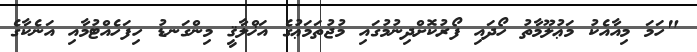
"ހަމަ މިއާއެކު މަޢުލޫމާތު ހޯދައި ފޯރުކޮށްދިނުމުގައި މުޖުތަމަޢުގެ އަޚްލާޤީ މިންގަނޑު ހިފަހެއްޓުމާއި އަނެކާގެ